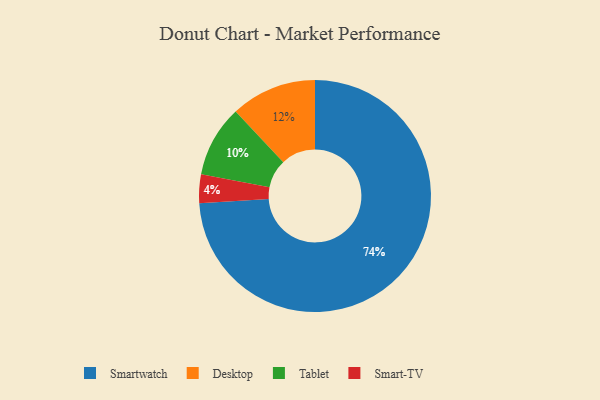
{"axis": {"x": "Category", "y": "Percentage"}, "legend": ["Desktop", "Smart-TV", "Smartwatch", "Tablet"], "data": [{"x": "Tablet", "y": 10, "type": "Tablet"}, {"x": "Smartwatch", "y": 74, "type": "Smartwatch"}, {"x": "Smart-TV", "y": 4, "type": "Smart-TV"}, {"x": "Desktop", "y": 12, "type": "Desktop"}]}